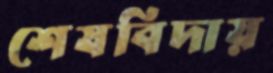
শেষবিদায়